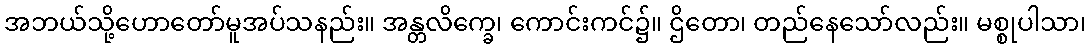
အဘယ်သို့ဟောတော်မူအပ်သနည်း။ အန္တလိက္ခေ၊ ကောင်းကင်၌။ ဌိတော၊ တည်နေသော်လည်း။ မစ္စုပါသာ၊